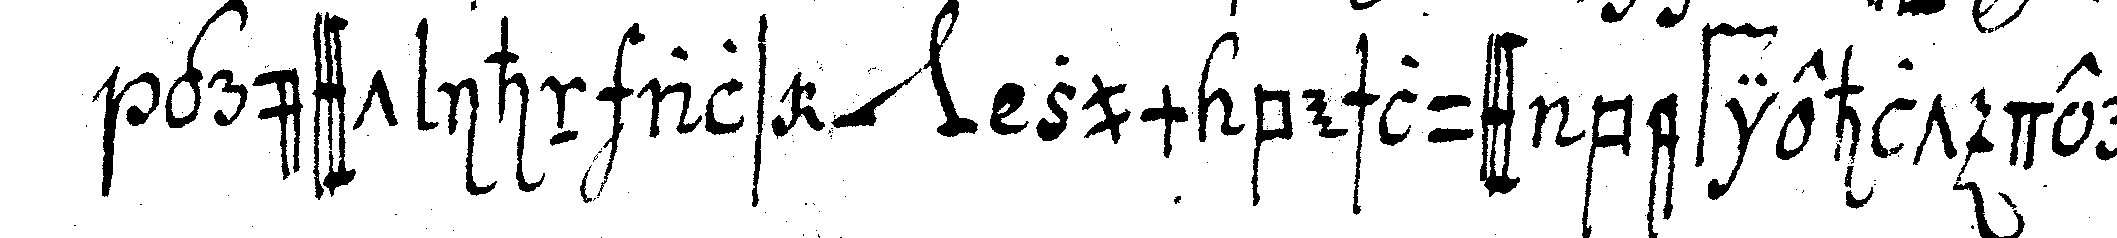
grüsst ihn als *nee* zum beschluss befiehlt der